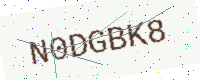
Text: N0DGBK8